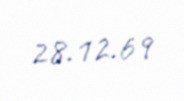
28.12.69